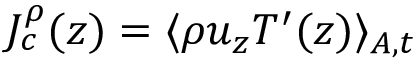
J _ { c } ^ { \rho } ( z ) = \langle \rho u _ { z } T ^ { \prime } ( z ) \rangle _ { A , t }